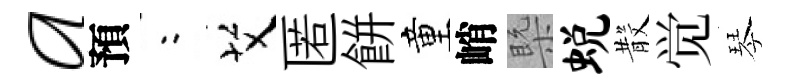
a預欸艾匿餅童峭槩蜕𣪚觉琴